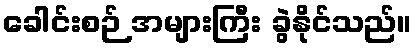
ခေါင်းစဉ် အများကြီး ခွဲနိုင်သည်။